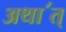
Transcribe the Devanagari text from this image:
अथा॔त्